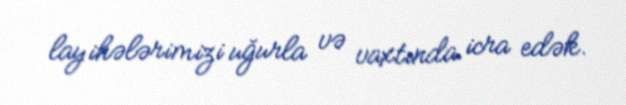
layihələrimizi uğurla və vaxtında icra edək.